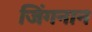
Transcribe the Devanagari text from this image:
जिंगनान